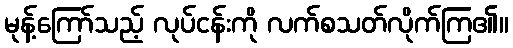
မုန့်ကြော်သည့် လုပ်ငန်းကို လက်စသတ်လိုက်ကြ၏။